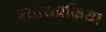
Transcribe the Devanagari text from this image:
न्यायप्रक्रिया